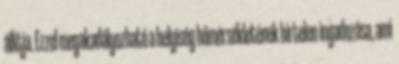
állítja. Ezzel megakadályozható a helyiség hőmérsékletének hirtelen ingadozása, ami